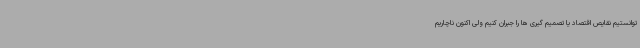
توانستیم نقایص اقتصاد یا تصمیم گیری ها را جبران کنیم ولی اکنون ناچاریم